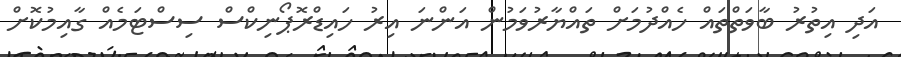
އަދި އިތުރު ބާވަތްތައް ހެއްދުމަށް ތައްޔާރުވަމުން އަންނަ އިރު ހައިޑްރޮޕޯނިކްސް ސިސްޓަމެއް ގާއިމުކޮށް